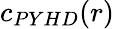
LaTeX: c_{PYHD}(r)